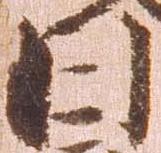
日